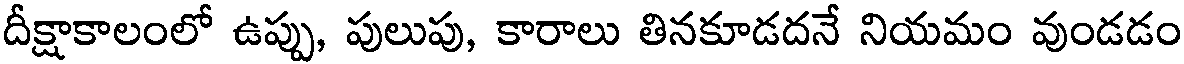
దీక్షాకాలంలో ఉప్పు, పులుపు, కారాలు తినకూడదనే నియమం వుండడం